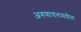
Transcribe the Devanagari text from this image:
अरुणाचलमधील